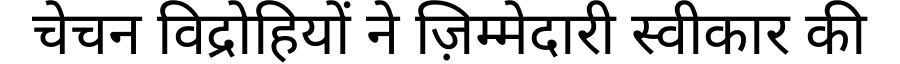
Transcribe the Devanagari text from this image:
चेचन विद्रोहियों ने ज़िम्मेदारी स्वीकार की